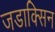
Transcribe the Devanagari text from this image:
जडाक्सिन